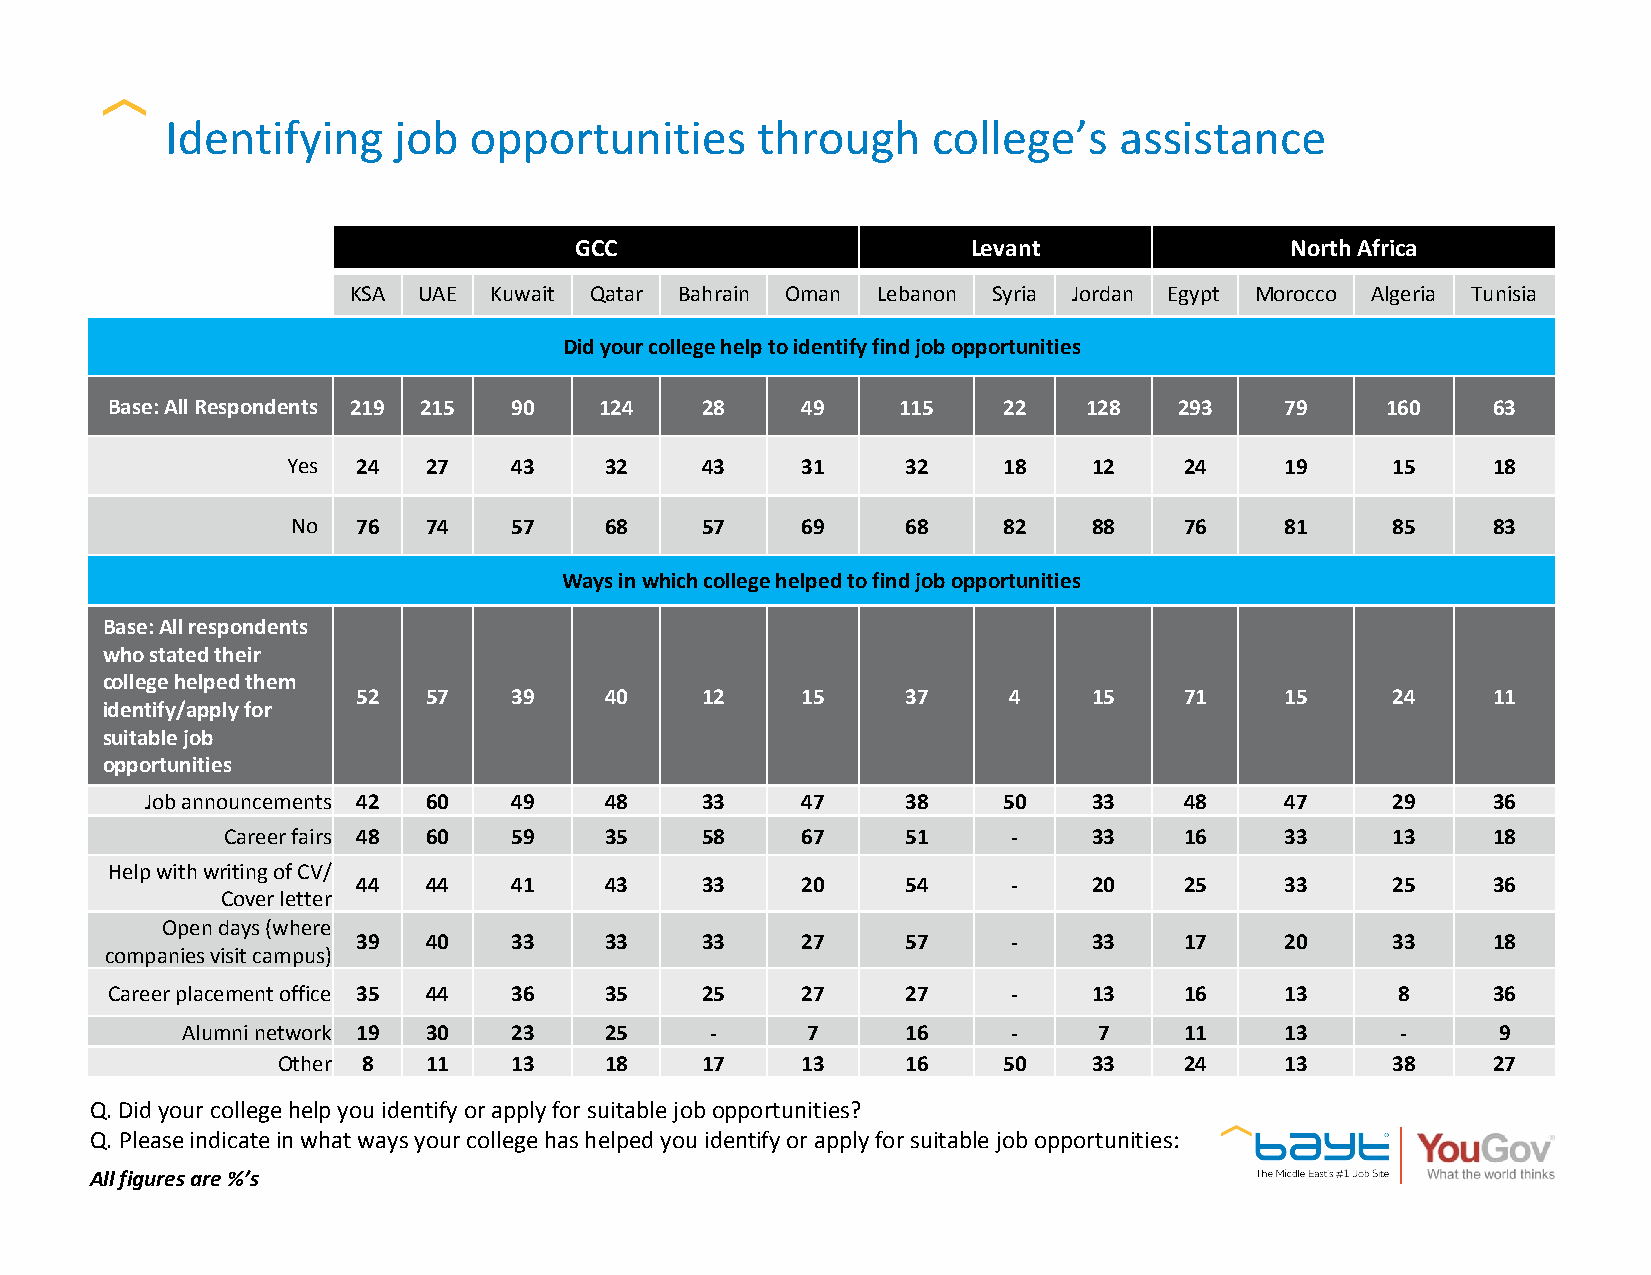
Identifying    job  opportunities      through     college’s   assistance
 GCC                       Levant               North Africa
 KSA  UAE Kuwait Qatar Bahrain Oman Lebanon Syria Jordan Egypt Morocco Algeria Tunisia
 Did your college help to identify find job opportunities
 Base: All Respondents 219 215 90 124   28     49    115    22    128   293    79     160    63
 Yes  24  27    43    32    43     31     32    18    12    24     19     15     18
 No   76  74    57    68    57     69     68    82    88    76     81     85     83
 Ways in which college helped to find job opportunities
 Base: All respondents
 who stated their
 college helped them
 52  57    39    40    12     15     37     4    15    71     15     24     11
 identify/apply for
 suitable job
 opportunities
 Job announcements 42 60 49    48    33     47     38    50    33    48     47     29     36
 Career fairs 48 60 59    35    58     67     51     -    33    16     33     13     18
 Help with writing of CV/
 44  44    41    43    33     20     54     -    20    25     33     25     36
 Cover letter
 Open days (where
 39  40    33    33    33     27     57     -    33    17     20     33     18
 companies visit campus)
 Career placement office 35 44 36 35    25     27     27     -    13    16     13     8      36
 Alumni network 19 30  23    25     -     7      16     -     7    11     13      -     9
 Other 8   11    13    18    17     13     16    50    33    24     13     38     27
 Q. Did your college help you identify or apply for suitable job opportunities?
 Q. Please indicate in what ways your college has helped you identify or apply for suitable job opportunities:
 All figures are %’s